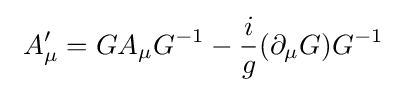
\ A'_{\mu }=GA_{\mu }G^{-1}-{\frac {i}{g}}(\partial _{\mu }G)G^{-1}